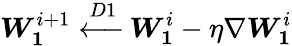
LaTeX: \boldsymbol{W_{1}}^{i+1}\xleftarrow{D1}\boldsymbol{W_{1}}^{i}-\eta\nabla\boldsymbol{W_{1}}^{i}